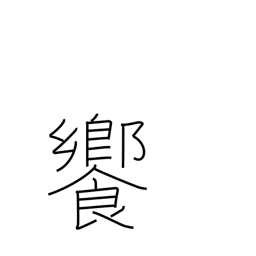
Meaning: banquet